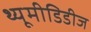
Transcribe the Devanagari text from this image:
थ्यूमीडिडीज